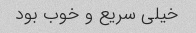
خیلی سریع و خوب بود